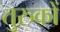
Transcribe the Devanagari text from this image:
तुरुकों